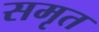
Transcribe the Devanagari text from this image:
समृत